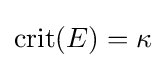
\mathrm {crit} (E)=\kappa